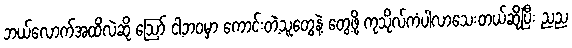
ဘယ်လောက်အထိလဲဆို ဪ ငါ့ဘဝမှာ ကောင်းတဲ့သူတွေနဲ့ တွေ့ဖို့ ကုသိုလ်ကံပါလာသေးတယ်ဆိုပြီး ညည